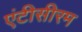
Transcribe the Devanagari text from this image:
एंटीसीरम